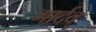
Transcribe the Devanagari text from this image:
मार्दव्